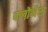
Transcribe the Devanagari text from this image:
फ्लोनैस